Children and Young Persons (Scotland) Act, 1937. Employment of children, 1937
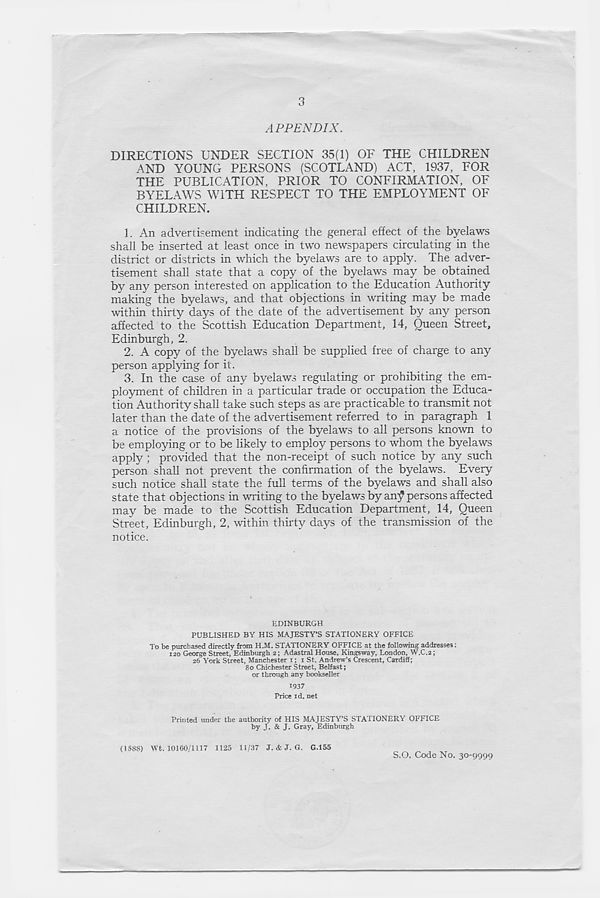
3
APPENDIX.
DIRECTIONS UNDER SECTION 35(1) OF THE CHILDREN
AND YOUNG PERSONS (SCOTLAND) ACT, 1937, FOR
THE PUBLICATION, PRIOR TO CONFIRMATION, OF
BYELAWS WITH RESPECT TO THE EMPLOYMENT OF
CHILDREN.
1. An advertisement indicating the general effect of the byelaws
shall be inserted at least once in two newspapers circulating in the
district or districts in which the byelaws are to apply. The adver-
tisement shall state that a copy of the byelaws may be obtained
by any person interested on application to the Education Authority
making the byelaws, and that objections in writing may be made
within thirty days of the date of the advertisement by any person
affected to the Scottish Education Department, 14, Queen Street,
Edinburgh, 2.
2. A copy of the byelaws shall be supplied free of charge to any
person applying for it.
3. In the case of any byelaws regulating or prohibiting the em-
ployment of children in a particular trade or occupation the Educa-
tion Authority shall take such steps as are practicable to transmit not
later than the date of the advertisement referred to in paragraph 1
a notice of the provisions of the byelaws to all persons known to
be employing or to be likely to employ persons to whom the byelaws
apply ; provided that the non-receipt of such notice by any such
person shall not prevent the confirmation of the byelaws. Every
such notice shall state the full terms of the byelaws and shall also
state that objections in writing to the byelaws by an$ persons affected
may be made to the Scottish Education Department, 14, Queen
Street, Edinburgh, 2, within thirty days of the transmission of the
notice.
EDINBURGH
PUBLISHED BY HIS MAJESTY’S STATIONERY OFFICE
To be purchased directly front H.M. STATIONERY OFFICE at the following addresses;
iso George Street, Edinburgh 2; Adastral House, Kingsway, London, W.C.2;
26 York Street, Manchester 1; 1 St. Andrew’s Crescent, Cardiff;
80 Chichester Street, Belfast;
or through any bookseller
1937
Price id. net
Printed under the authority of HIS MAJESTY’S STATIONERY OFFICE
by J. & J. Gray, Edinburgh
(1588) Wt. 10100/1117 1125 11/37 J. & J. G. G.155
S.O. Code No. 30-9999